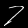
Digit: 7